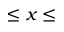
\leq x \leq